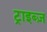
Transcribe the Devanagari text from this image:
ट्राइब्ज़